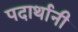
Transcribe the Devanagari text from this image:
पदार्थानी